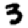
Digit: 3